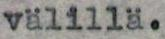
välillä.